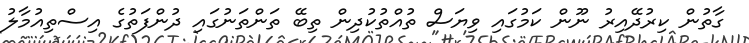
ގާތުން ކިރުދޭއިރު ނޫން ކަމުގައި ވިޔަސް ތުއްތުކުދިން ތިބޭ ތަންތަނުގައި ދުންފަތުގެ އިސްތިއުމާލު